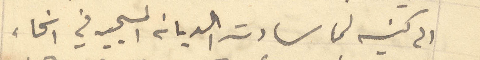
الى كنيسه لما سادت الديانة المسيحيه في انحاء